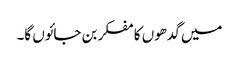
میں گدھوں کا مفکر بن جائوں گا۔